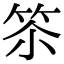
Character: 䇣